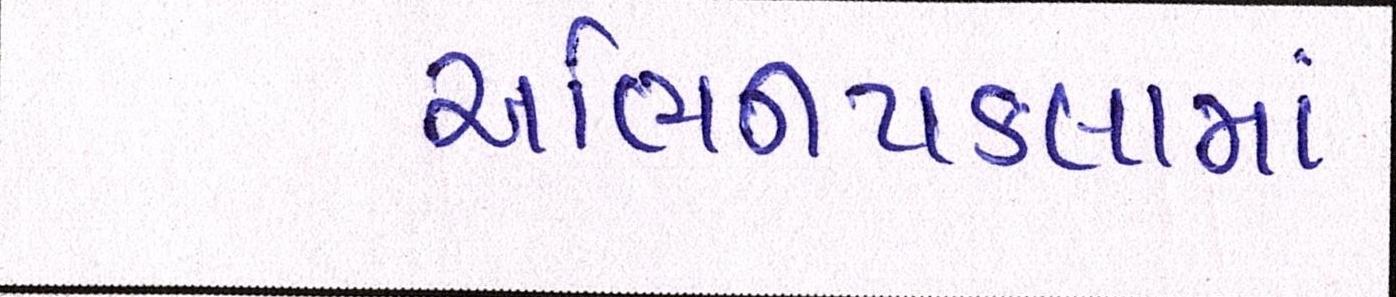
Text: અભિનયકલામાં